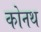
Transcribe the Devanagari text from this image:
कोनथ